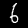
Label: 6